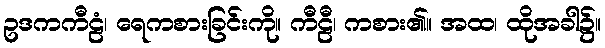
ဥဒကကီဠံ၊ ရေကစားခြင်းကို။ ကီဠီ၊ ကစား၏။ အထ၊ ထိုအခါ၌။